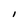
Character: I